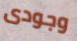
وجودى